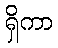
ရှိကာ